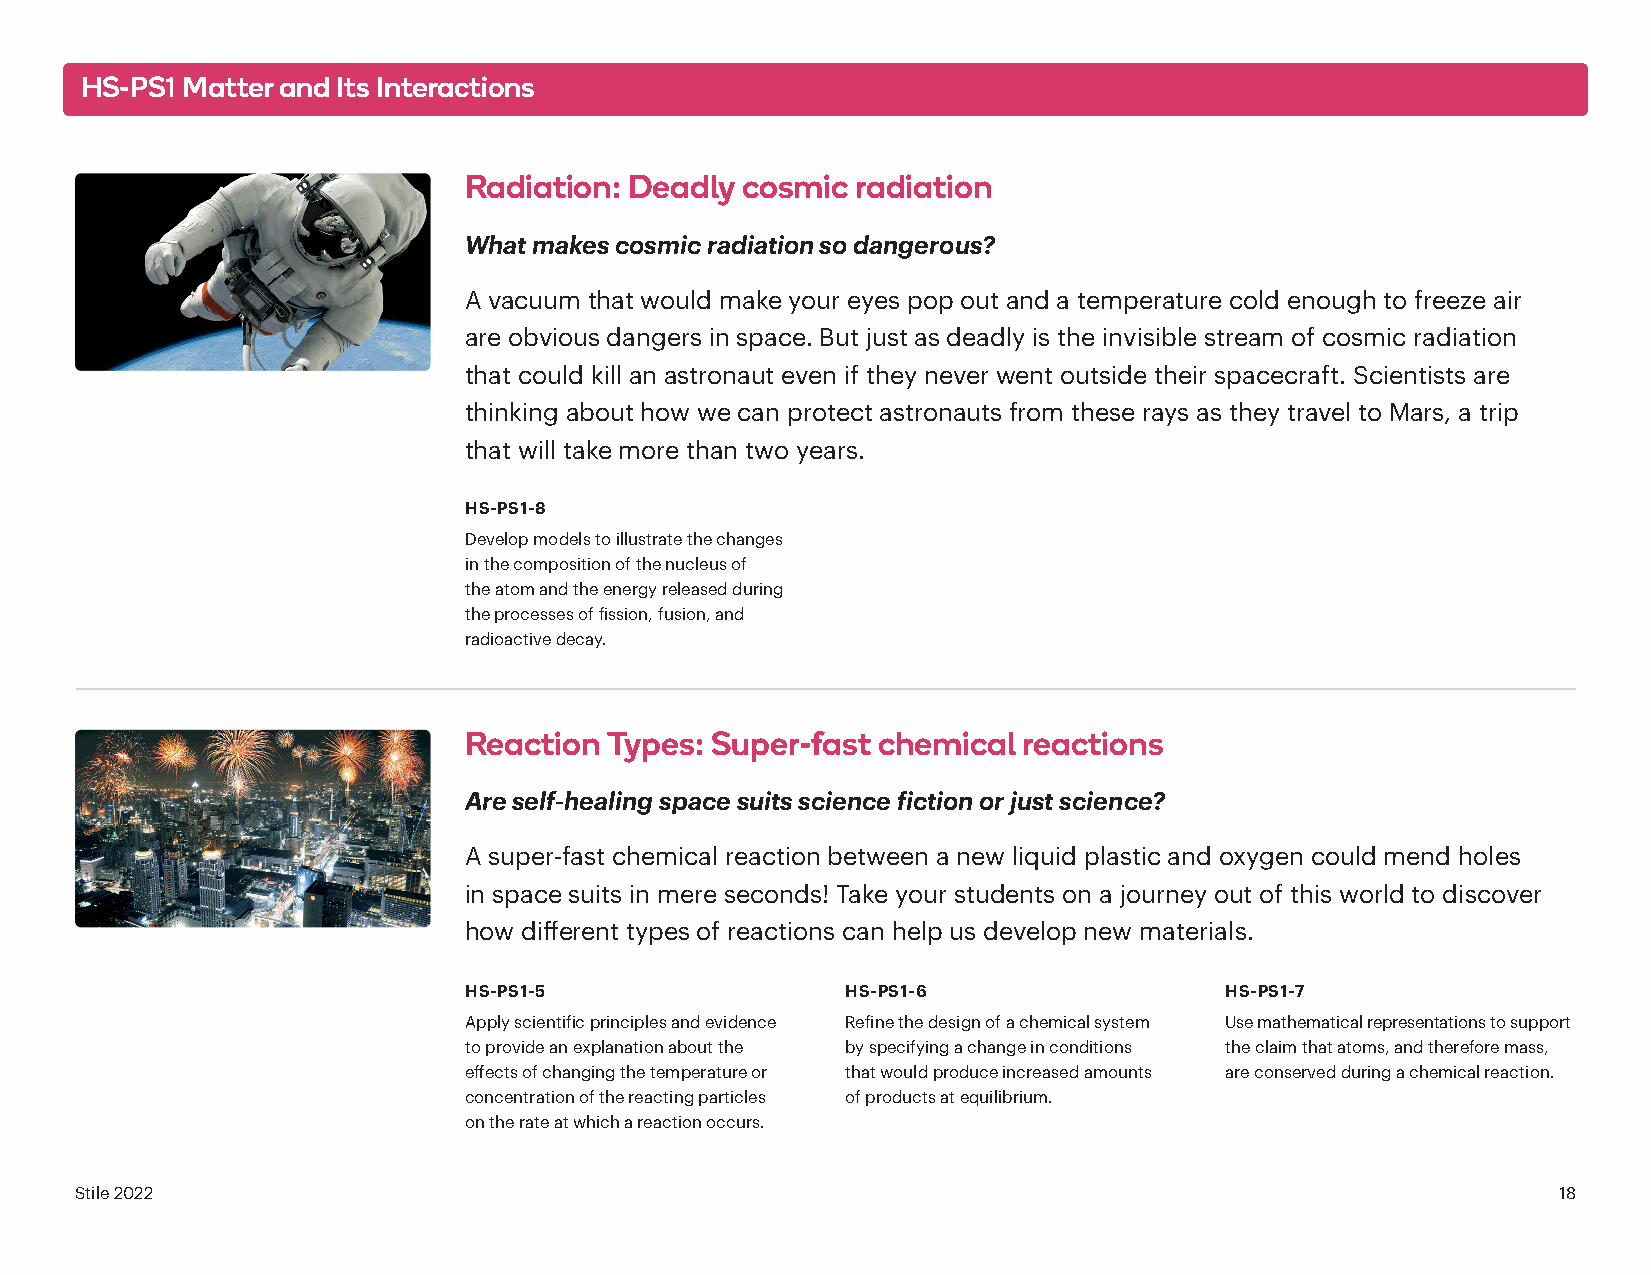
HS-PS1 Matter and Its Interactions
 Radiation: Deadly cosmic  radiation
 What makes cosmic radiation so dangerous?
 A vacuum that would make your eyes pop out and a temperature cold enough to freeze air
 are obvious dangers in space. But just as deadly is the invisible stream of cosmic radiation
 that could kill an astronaut even if they never went outside their spacecraft. Scientists are
 thinking about how we can protect astronauts from these rays as they travel to Mars, a trip
 that will take more than two years.
 HS-PS1-8
 Develop models to illustrate the changes
 in the composition of the nucleus of
 the atom and the energy released during
 the processes of fission, fusion, and
 radioactive decay.
 Reaction Types: Super-fast chemical  reactions
 Are self-healing space suits science fiction or just science?
 A super-fast chemical reaction between a new liquid plastic and oxygen could mend holes
 in space suits in mere seconds! Take your students on a journey out of this world to discover
 how different types of reactions can help us develop new materials.
 HS-PS1-5                 HS-PS1-6                 HS-PS1-7
 Apply scientific principles and evidence Refine the design of a chemical system Use mathematical representations to support
 to provide an explanation about the by specifying a change in conditions the claim that atoms, and therefore mass,
 effects of changing the temperature or that would produce increased amounts are conserved during a chemical reaction.
 concentration of the reacting particles of products at equilibrium.
 on the rate at which a reaction occurs.
 Stile 2022                                                                                        18